Statistical return of the lunatic asylum in Assam - 1912-1932
Year: 1912
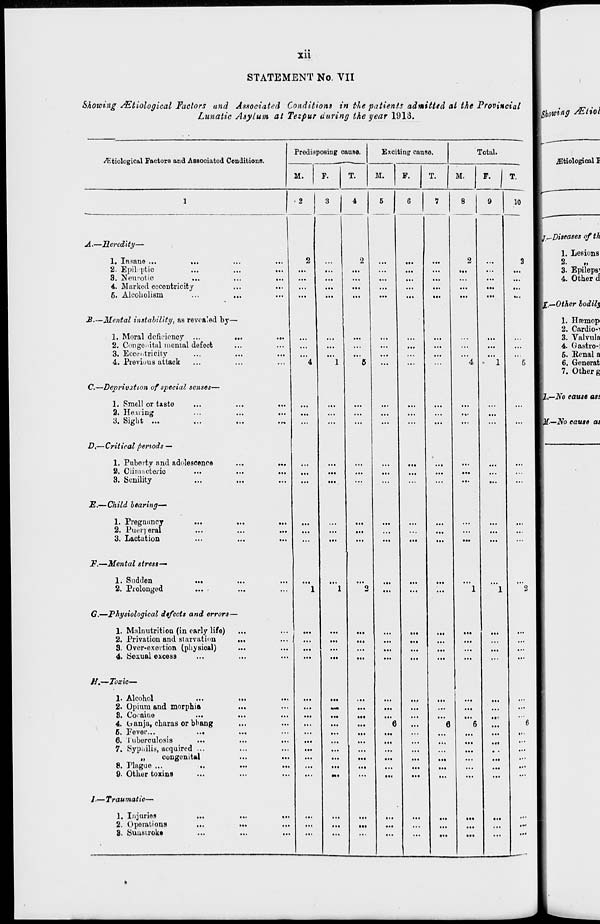
ill
STATEMENT No. VII
Showing dEtiological Factors and Associated Conditions in the patients admitted at the Provincial
Lunatic Asylum at Tezpur during the year 1918.
^tiological Factors and Associated Cenditions.
Predisposing cause.
M.
Exciting causo.
Total.
M.
F.
T.
M.
A.—Heredity-
1. Insane ...
..
2. Epili'ptio
3. Neurotic
..
4. Marked eccentricity
6. Alcoholism
£•—Mental instability, as revealed by—
1. Moral deficiency ...
..
2. Congenital mental defect
3. Eccentricity
4. Previous attack
C.—Deprivation of special senses—
1. Smell or taste
2. Hearing
3. Sight
'o
X.
D,—Critical periods —
1. Puberty and adolescence
2. Climacteric
3. Senility
E.— Child bearing—
1. Pregnancy
2. Puei] eral
3. Lactation
F.—Mental stress-
1. Sudden
2. Prolonged
G.—Physiological defects and errors—
1. Malnutrition (in early life)
2. Privation and starvation
,
3. Over-exertion (physioal)
4. Sexual excess
//.—Toxic-
1. Alcohol
...
2. Opium and morphia
...
3. Cocaine
...
4. b anja, charas or bbang
...
6. Fever...
...
•••
6. tuberculosis
...
7. Sypiiilis, acquired ...
...
„
congenital
...
8. riague ...
..
...
9. Other toxins
...
/.—Traumatic—
1, Injuries
2. Operations
8. Suusiroke
...
...
...
...
10
Ml
4
6
...
^Itiologioal I
I/.^-Diseases ofth
I—Other bodily
I,—No cause ass
-No cause as